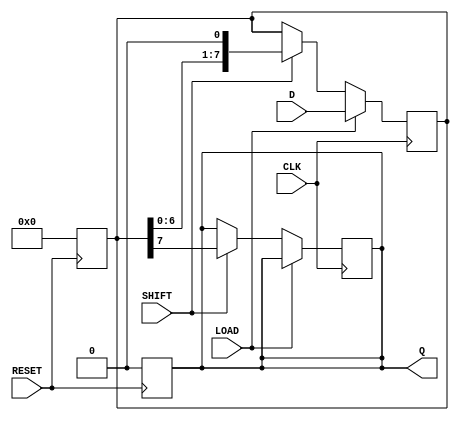
module PISO_Register #(
    parameter WIDTH = 8  // Define the width of the register
)(
    input wire [WIDTH-1:0] D,    // Parallel data input
    input wire LOAD,              // Load control signal
    input wire CLK,               // Clock signal
    input wire SHIFT,             // Shift control signal
    input wire RESET,             // Asynchronous reset signal
    output reg Q                 // Serial output
);

    reg [WIDTH-1:0] shift_reg;    // Shift register to hold the data

    // Asynchronous reset
    always @(posedge RESET) begin
        shift_reg <= {WIDTH{1'b0}}; // Reset all bits to 0
        Q <= 1'b0;                  // Reset serial output to 0
    end

    // Main operation
    always @(posedge CLK) begin
        if (LOAD) begin
            shift_reg <= D;         // Load data into the shift register
        end else if (SHIFT) begin
            Q <= shift_reg[WIDTH-1]; // Output the MSB to Q
            shift_reg <= {shift_reg[WIDTH-2:0], 1'b0}; // Shift right and fill LSB with 0
        end
    end

endmodule